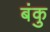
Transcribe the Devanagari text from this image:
बंकु